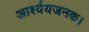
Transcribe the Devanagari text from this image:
आर्श्ययजनक।